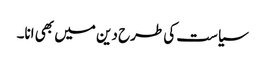
سیاست کی طرح دین میں بھی انا۔